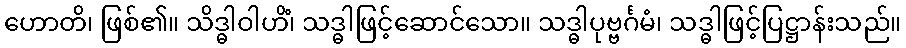
ဟောတိ၊ ဖြစ်၏။ သိဒ္ဓါဝါဟိံ၊ သဒ္ဓါဖြင့်ဆောင်သော။ သဒ္ဓါပုဗ္ဗင်္ဂမံ၊ သဒ္ဓါဖြင့်ပြဋ္ဌာန်းသည်။